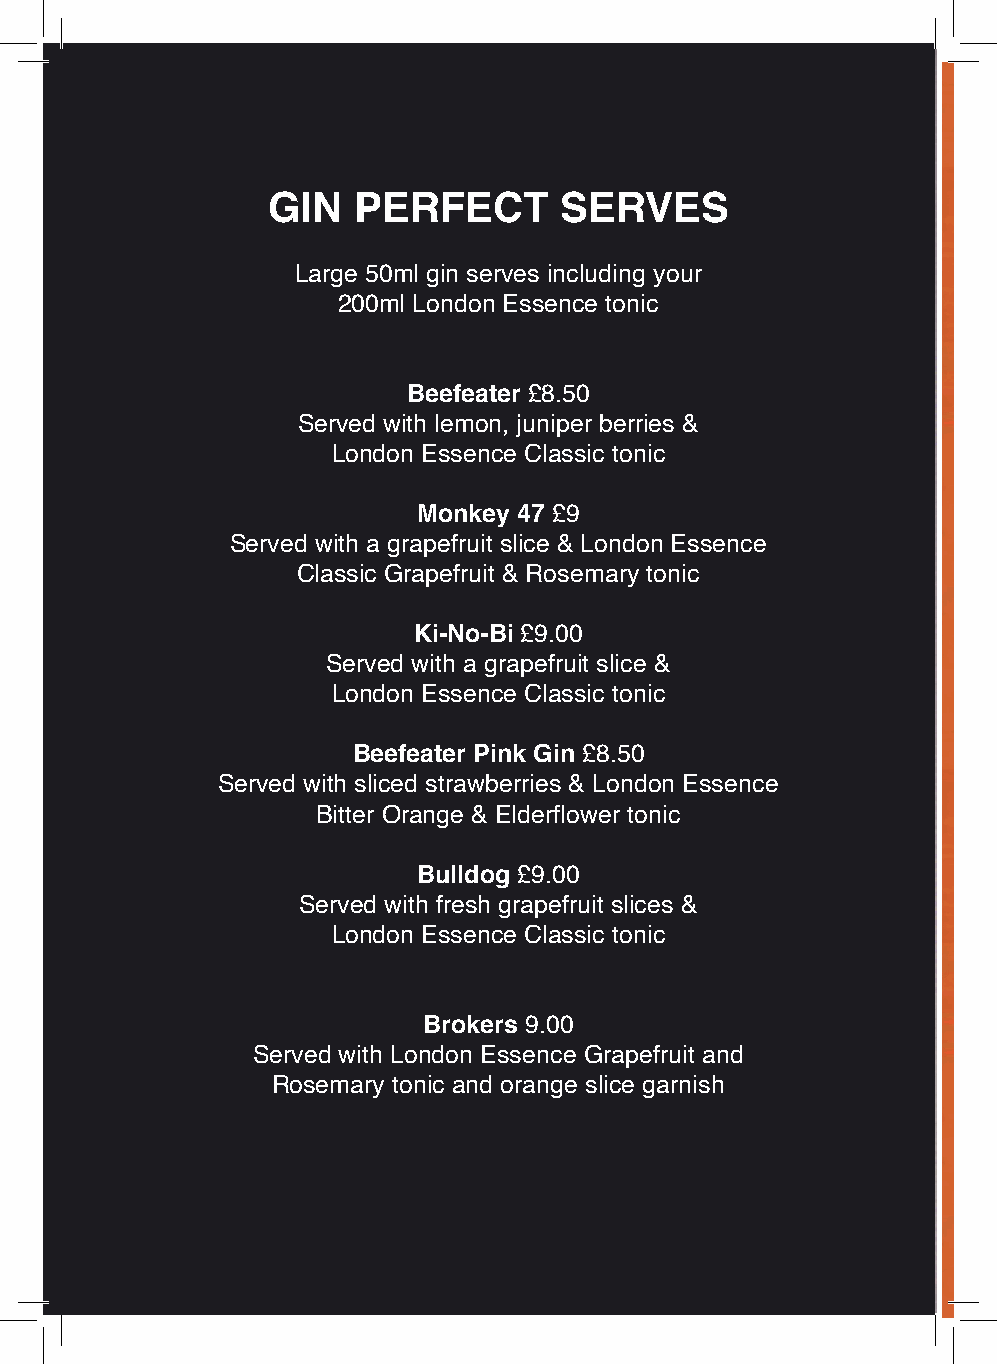
GIN  PERFECT       SERVES
 Large 50ml gin serves including your
 200ml London Essence tonic
 Beefeater £8.50
 Served with lemon, juniper berries &
 London Essence Classic tonic
 Monkey 47 £9
 Served with a grapefruit slice & London Essence
 Classic Grapefruit & Rosemary tonic
 Ki-No-Bi £9.00
 Served with a grapefruit slice &
 London Essence Classic tonic
 Beefeater Pink Gin £8.50
 Served with sliced strawberries & London Essence
 Bitter Orange & Elderflower tonic
 Bulldog £9.00
 Served with fresh grapefruit slices &
 London Essence Classic tonic
 Brokers 9.00
 Served with London Essence Grapefruit and
 Rosemary tonic and orange slice garnish